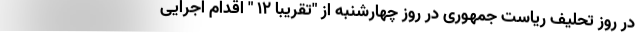
در روز تحلیف ریاست جمهوری در روز چهارشنبه از "تقریبا ۱۲ " اقدام اجرایی